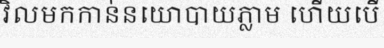
វិលមកកាន់នយោបាយភ្លាម ហើយបើ